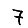
Digit: 7